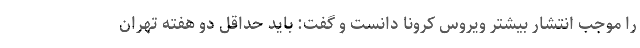
را موجب انتشار بیشتر ویروس کرونا دانست و گفت: باید حداقل دو هفته تهران